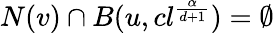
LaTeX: N(v)\cap B(u,cl^{\frac{\alpha}{d+1}})=\emptyset